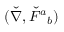
( \check { \nabla } , \check { F } { } ^ { a } { } _ { b } )